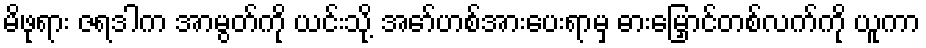
မိဖုရား ဇရဒါက အာမွတ်ကို ယင်းသို့ အော်ဟစ်အားပေးရာမှ ဓားမြှောင်တစ်လက်ကို ယူကာ